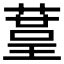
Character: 𦹒